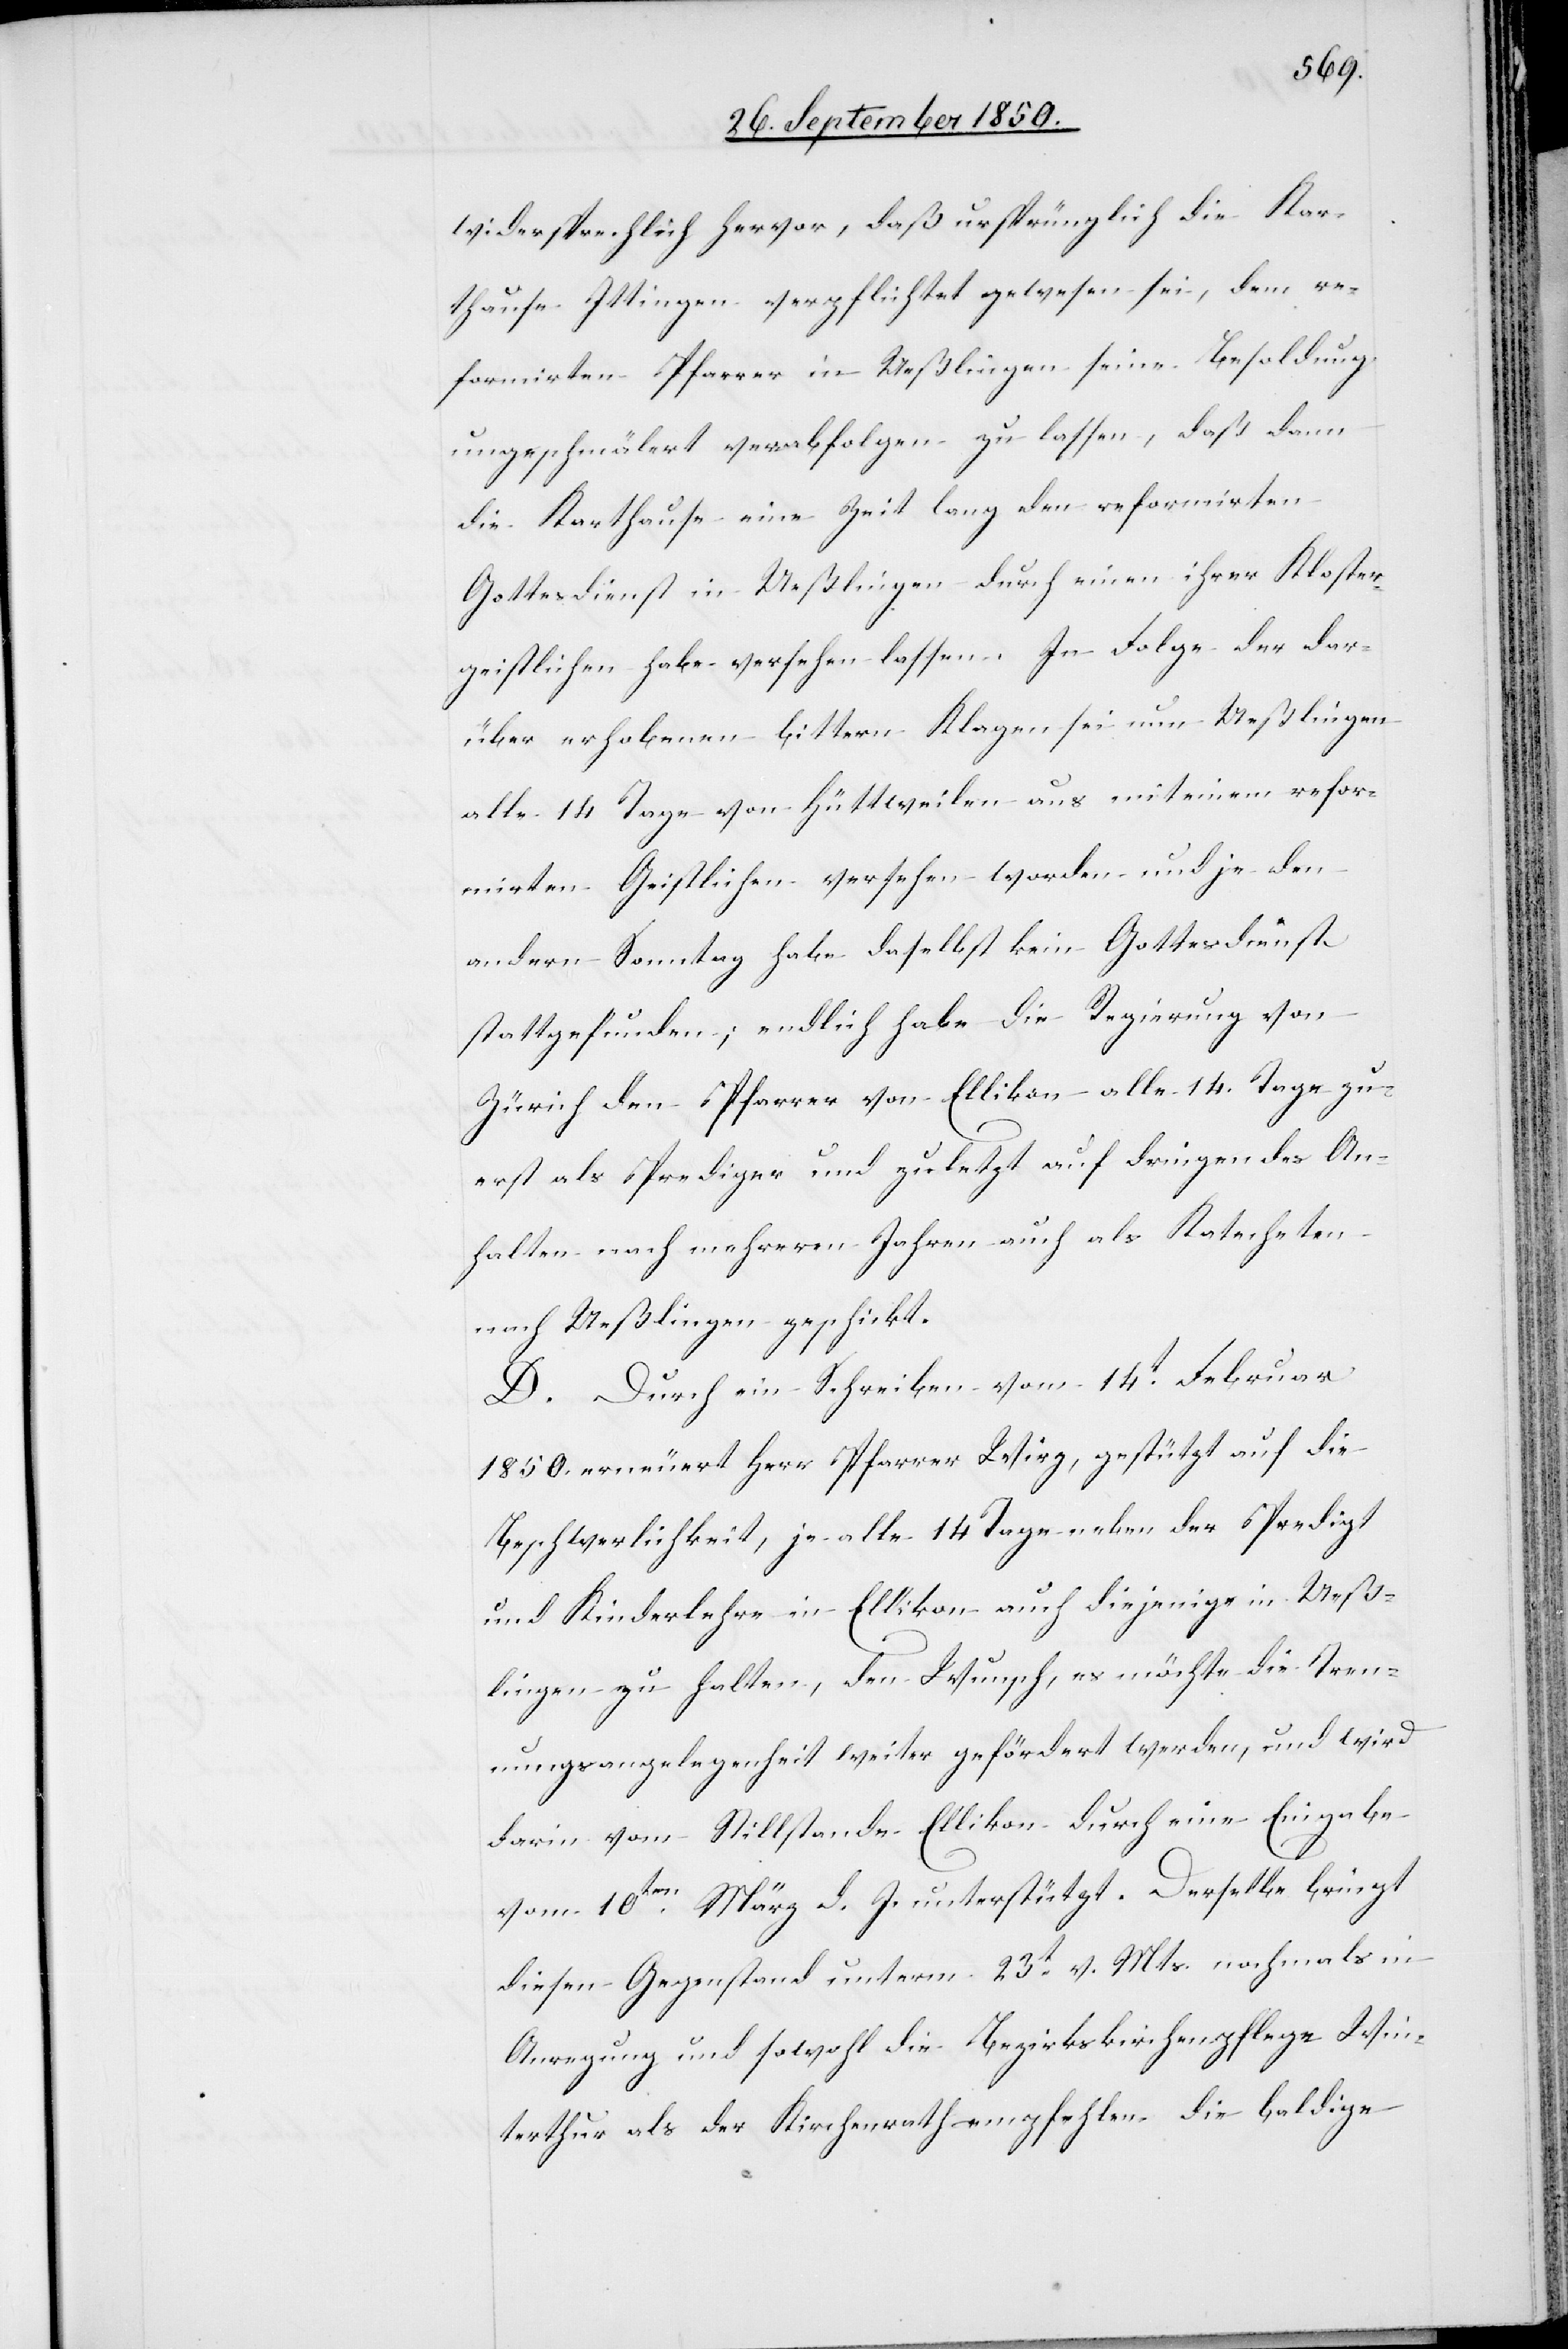
widersprechlich hervor, daß ursprünglich die Kar¬
thause Ittingen verpflichtet gewesen sei, dem re¬
formirten Pfarrer in Ueßlingen seine Besoldung
ungeschmälert verabfolgen zu lassen, daß dann
die Karthause eine Zeit lang den reformirten
Gottesdienst in Ueßlingen durch einen ihrer Kloster¬
geistlichen habe versehen lassen. In Folge der dar¬
über erhobenen bittern Klagen sei nun Ueßlingen
alle 14 Tage von Hüttweilen aus mit einem refor¬
mirten Geistlichen versehen worden und je den
andern Sonntag habe daselbst kein Gottesdienst
stattgefunden; endlich habe die Regierung von
Zürich den Pfarrer von Ellikon alle 14. Tage zu¬
erst als Prediger und zuletzt auf dringendes An¬
halten nach mehreren Jahren auch als Katecheten
nach Ueßlingen geschickt.
D. Durch ein Schreiben vom 14t Februar
1850. erneuert Herr Pfarrer Wirz, gestützt auf die
Beschwerlichkeit, je alle 14 Tage neben der Predigt
und Kinderlehre in Ellikon auch diejenige in Ueß¬
lingen zu halten, den Wunsch, es möchte die Tren¬
nungsangelegenheit weiter gefördert werden, und wird
darin vom Stillstande Ellikon durch eine Eingabe
vom 10ten März d. J. unterstützt. Derselbe bringt
diesen Gegenstand unterm 23t v. Mts. nochmals in
Anregung und sowohl die Bezirkskirchenpflege Win¬
terthur als der Kirchenrath empfehlen die baldige